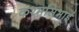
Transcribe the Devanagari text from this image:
करमसिभाई